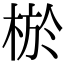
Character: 棜